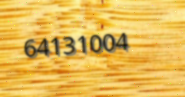
64131004